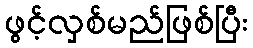
ဖွင့်လှစ်မည်ဖြစ်ပြီး